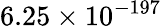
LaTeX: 6.25\times 10^{-197}